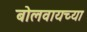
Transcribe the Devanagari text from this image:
बोलवायच्या